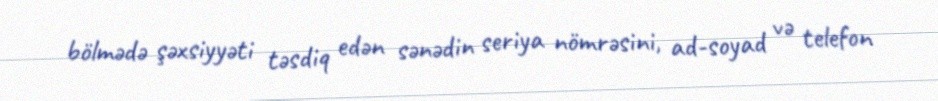
bölmədə şəxsiyyəti təsdiq edən sənədin seriya nömrəsini, ad-soyad və telefon